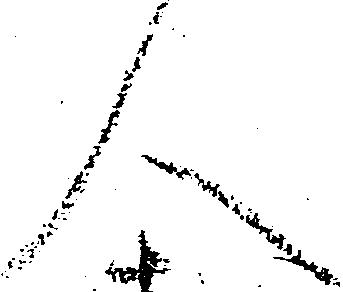
人